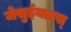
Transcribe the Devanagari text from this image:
जेसुईयाटस्